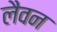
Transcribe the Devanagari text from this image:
लैवन